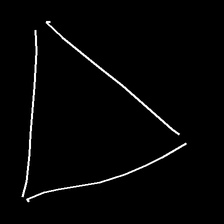
Glyph: convergence